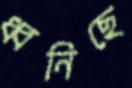
ধ্বনিছে